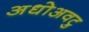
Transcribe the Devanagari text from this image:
अधोअवटु